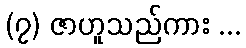
(၇) ဇာဟူသည်ကား ...